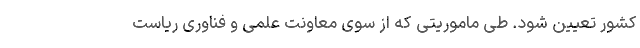
كشور تعیین شود. طی ماموریتی كه از سوی معاونت علمی و فناوری ریاست‌